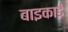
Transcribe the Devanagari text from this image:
बाइकाई